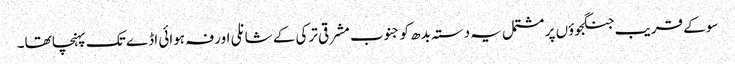
سو کے قریب جنگجوؤں پر مشتمل یہ دستہ بدھ کو جنوب مشرقی ترکی کے شانلی اورفہ ہوائی اڈے تک پہنچا تھا۔